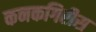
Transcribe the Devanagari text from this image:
कनकगिरीस